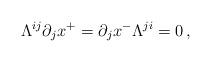
LaTeX: \begin{align*}\Lambda^{ij}\partial_jx^+=\partial_jx^-\Lambda^{ji}=0\,,\end{align*}